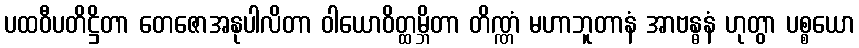
ပထဝီပတိဋ္ဌိတာ တေဇောအနုပါလိတာ ဝါယောဝိတ္ထမ္ဘိတာ တိဏ္ဏံ မဟာဘူတာနံ အာဗန္ဓနံ ဟုတွာ ပစ္စယော